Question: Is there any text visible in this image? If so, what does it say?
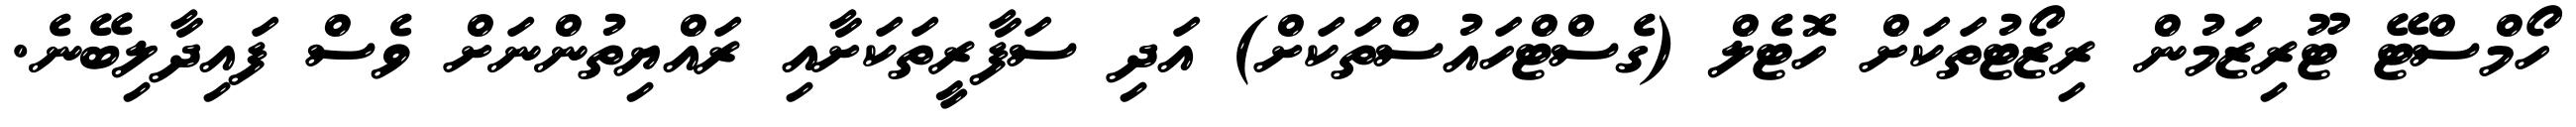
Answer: ހޯމްސްޓޭ ޓޫރިޒަމުން ރިޒޯޓުތަކަށް ހޮޓެލް (ގެސްޓްހައުސްތަކަށް) އަދި ސަފާރީތަކަށާއި ރައްޔިތުންނަށް ވެސް ފައިދާލިބޭނެ.